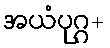
အယံပုဂ္ဂ+